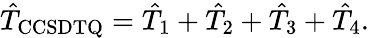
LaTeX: \hat{T}_{\mathrm{CCSDTQ}}=\hat{T}_{1}+\hat{T}_{2}+\hat{T}_{3}+\hat{T}_{4}.